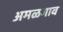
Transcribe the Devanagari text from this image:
अमळगाव